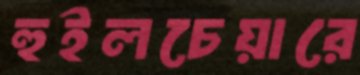
হুইলচেয়ারে